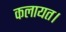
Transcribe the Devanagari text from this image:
कलायत।